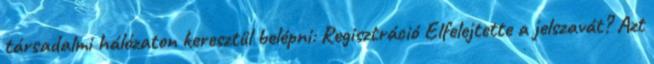
társadalmi hálózaton keresztül belépni: Regisztráció Elfelejtette a jelszavát? Azt